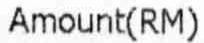
AMOUNT(RM)